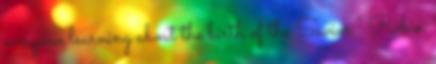
everyone learning about the birth of the Savior.” Robin